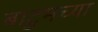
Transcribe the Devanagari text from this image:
बाटुमच्या